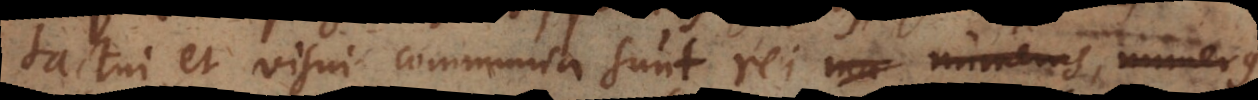
tactui et visui communia sunt rei ma